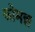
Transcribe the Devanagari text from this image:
कोमन्न